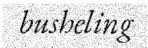
busheling